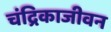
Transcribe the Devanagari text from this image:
चंद्रिकाजीवन